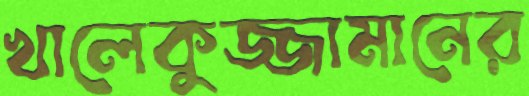
খালেকুজ্জামানের